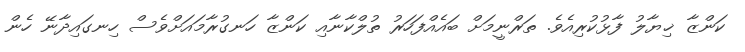
ކަންޒާ ޚިޔާލު ފާޅުކުރިއެވެ. ތަރްނީމަށް ބައެއްފަހަރު ތުލްކާނާއި ކަންޒާ ހަނގުރާމައަށްވެސް ހިނގައިދާނޭ ހެން